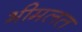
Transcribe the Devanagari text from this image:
भीमलत